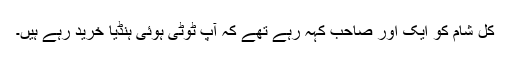
کل شام کو ایک اور صاحب کہہ رہے تھے کہ آپ ٹوٹی ہوئی ہنڈیا خرید رہے ہیں۔